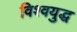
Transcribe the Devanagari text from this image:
विश्‍वयुद्ध